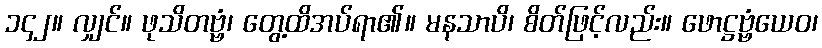
၁၄၂။ လျှင်။ ဖုသိတဗ္ဗံ၊ တွေ့ထိအပ်ရာ၏။ မနသာပိ၊ စိတ်ဖြင့်လည်း။ ဖောဋ္ဌဗ္ဗံယေဝ၊